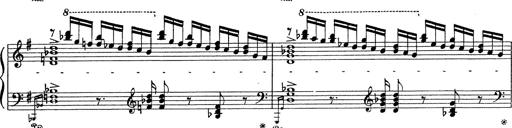
Title: Grosses Konzertsolo
Composer: Franz Liszt